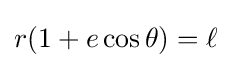
r(1+e\cos \theta )=\ell